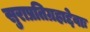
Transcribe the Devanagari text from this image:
सुराप्रतिग्रहाद्देवाः